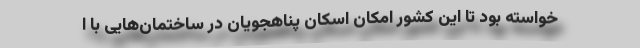
خواسته بود تا این کشور امکان اسکان پناهجویان در ساختمان‌هایی با ا